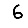
Digit: 6